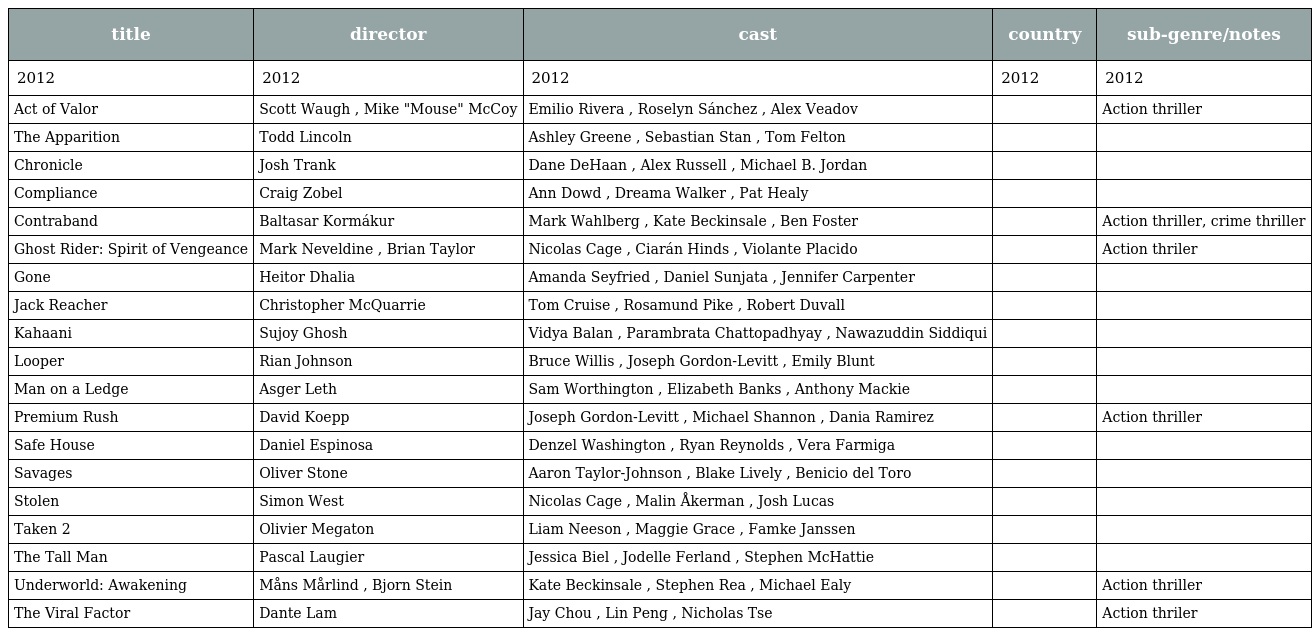
| title | director | cast | country | sub-genre/notes |
 | --- | --- | --- | --- | --- |
 | 2012 | 2012 | 2012 | 2012 | 2012 |
 | Act of Valor | Scott Waugh , Mike "Mouse" McCoy | Emilio Rivera , Roselyn Sánchez , Alex Veadov |  | Action thriller |
 | The Apparition | Todd Lincoln | Ashley Greene , Sebastian Stan , Tom Felton |  |  |
 | Chronicle | Josh Trank | Dane DeHaan , Alex Russell , Michael B. Jordan |  |  |
 | Compliance | Craig Zobel | Ann Dowd , Dreama Walker , Pat Healy |  |  |
 | Contraband | Baltasar Kormákur | Mark Wahlberg , Kate Beckinsale , Ben Foster |  | Action thriller, crime thriller |
 | Ghost Rider: Spirit of Vengeance | Mark Neveldine , Brian Taylor | Nicolas Cage , Ciarán Hinds , Violante Placido |  | Action thriler |
 | Gone | Heitor Dhalia | Amanda Seyfried , Daniel Sunjata , Jennifer Carpenter |  |  |
 | Jack Reacher | Christopher McQuarrie | Tom Cruise , Rosamund Pike , Robert Duvall |  |  |
 | Kahaani | Sujoy Ghosh | Vidya Balan , Parambrata Chattopadhyay , Nawazuddin Siddiqui |  |  |
 | Looper | Rian Johnson | Bruce Willis , Joseph Gordon-Levitt , Emily Blunt |  |  |
 | Man on a Ledge | Asger Leth | Sam Worthington , Elizabeth Banks , Anthony Mackie |  |  |
 | Premium Rush | David Koepp | Joseph Gordon-Levitt , Michael Shannon , Dania Ramirez |  | Action thriller |
 | Safe House | Daniel Espinosa | Denzel Washington , Ryan Reynolds , Vera Farmiga |  |  |
 | Savages | Oliver Stone | Aaron Taylor-Johnson , Blake Lively , Benicio del Toro |  |  |
 | Stolen | Simon West | Nicolas Cage , Malin Åkerman , Josh Lucas |  |  |
 | Taken 2 | Olivier Megaton | Liam Neeson , Maggie Grace , Famke Janssen |  |  |
 | The Tall Man | Pascal Laugier | Jessica Biel , Jodelle Ferland , Stephen McHattie |  |  |
 | Underworld: Awakening | Måns Mårlind , Bjorn Stein | Kate Beckinsale , Stephen Rea , Michael Ealy |  | Action thriller |
 | The Viral Factor | Dante Lam | Jay Chou , Lin Peng , Nicholas Tse |  | Action thriler |